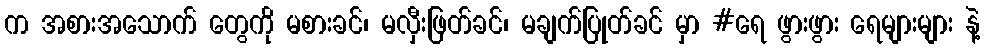
က အစားအသောက် တွေကို မစားခင်၊ မလှီးဖြတ်ခင်၊ မချက်ပြုတ်ခင် မှာ #ရေ ဖွားဖွား ရေများများ နဲ့